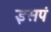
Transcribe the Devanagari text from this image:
इसपं